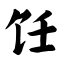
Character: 饪